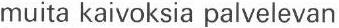
muita kaivoksia palvelevan